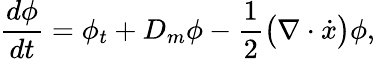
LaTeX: \frac{d\phi}{dt}=\phi_{t}+D_{m}\phi-\frac{1}{2}\big(\nabla\cdot\dot{x}\big)\phi,